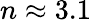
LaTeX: n\approx 3.1